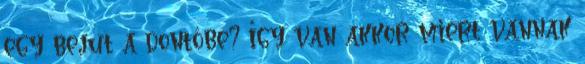
egy bejut a döntőbe? Így van akkor miért vannak